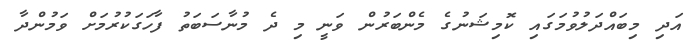
އަދި މިބައްދަލުވުމަގައި ކޮމިޝަނުގެ މެންބަރުން ވަނީ މި ދެ މުނާސަބަތު ފާހަގަކުރުމަށް ވަމުންދާ